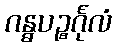
ဂန္ဓပဉ္စင်္ဂုလံ